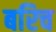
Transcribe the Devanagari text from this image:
बरिच